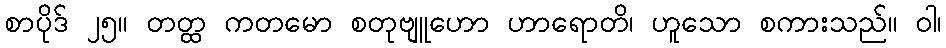
စာပိုဒ် ၂၅။ တတ္ထ ကတမော စတုဗျူဟော ဟာရောတိ၊ ဟူသော စကားသည်။ ဝါ၊